Civil Veterinary Department Bihar & Orissa reports 1922-29 - 1922-1929
Year: 1922
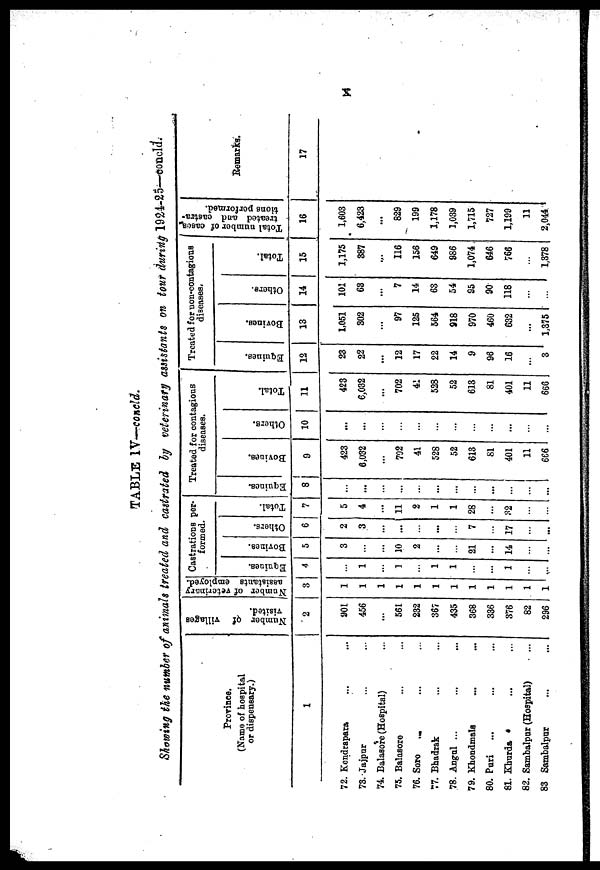
x
TABLE IV—concld.
Showing the number of animals treated and castrated by veterinary assistants on tour during 1924-25 concld.
Province.
(Name of hospital
or dispensary.)
1
72. Kendrapara
73. Jaipur
74. Balasore (Hospital)
75. Balasore
76. Soro
...
77. Bhadrak
78. Angul ...
79. Khondmals
80. Puri ...
81. Khurda
82. Sambalpur (Hospital)
83 Sambalpur
...
...
Number of villages
visited.
2
901
456
...
561
232
367
435
368
336
376
82
296
Number of veterinary
assistants employed.
3
1
1
1
1
1
1
1
1
1
1
1
1
Castrations per-
formed.
Equines.
4
1
1
1
1
...
1
...
Bovines.
5
3
10
2
...
21
...
14
...
Others.
6
2
3
...
...
...
7
17
..
Total.
7
5
4
...
11
2
1
1
28
...
32
...
...
Treated for contagions
diseases.
Equines.
8
...
...
...
...
...
...
...
Bovines.
9
423
6,032
...
702
41
528
52
613
81
401
11
666
Others.
10
...
...
Total.
11
423
6,032
...
702
41
528
52
613
81
401
11
666
Treated for non-contagious
diseases.
Equines.
12
23
22
...
12
17
22
14
9
96
16
3
Bovines.
13
1,051
302
...
97
125
564
918
970
460
632
...
1,375
Others.
14
101
63
...
7
14
63
54
95
90
118
...
Total.
15
1,175
387
...
116
156
649
986
1,074
646
766
1,378
Total number of cases
treated and castra-
tions performed.
16
1,603
6,423
...
829
199
1,178
3,039
1,715
727
1,199
11
2,044
Remarks.
17